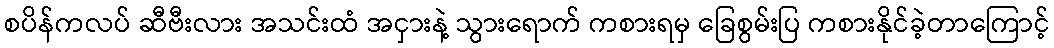
စပိန်ကလပ် ဆီဗီးလား အသင်းထံ အငှားနဲ့ သွားရောက် ကစားရမှ ခြေစွမ်းပြ ကစားနိုင်ခဲ့တာကြောင့်